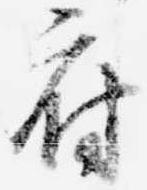
府